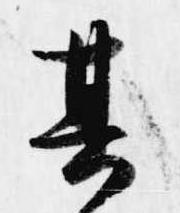
其